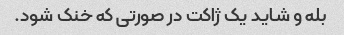
بله و شاید یک ژاکت در صورتی که خنک شود.